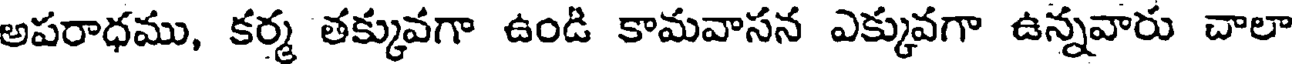
అపరాధము, కర్మ తక్కువగా ఉండి కామవాసన ఎక్కువగా ఉన్నవారు చాలా